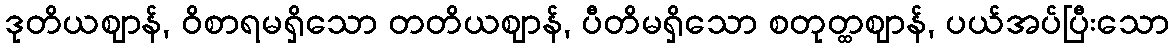
ဒုတိယဈာန်, ဝိစာရမရှိသော တတိယဈာန်, ပီတိမရှိသော စတုတ္ထဈာန်, ပယ်အပ်ပြီးသော